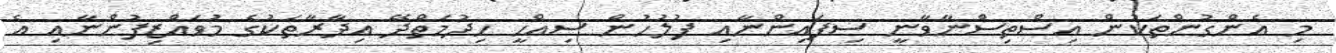
މި އެންގުންތަކުން އިސްތިސްނާވާނީ ސިފައިންނާއި ފުލުހުން ސިއްހީ ހިދުމަތްދޭ އިދާރާތަކުގެ މުވައްޒިފުންނާއި އެ